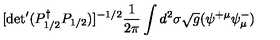
[ \mathrm { d e t } ^ { \prime } ( P _ { 1 / 2 } ^ { \dagger } P _ { 1 / 2 } ) ] ^ { - 1 / 2 } \frac { 1 } { 2 \pi } \int d ^ { 2 } \sigma \sqrt { g } ( \psi ^ { + \mu } \psi _ { \mu } ^ { - } )